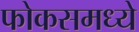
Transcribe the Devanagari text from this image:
फोकसमध्ये